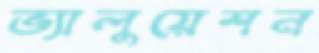
ভ্যালুয়েশন